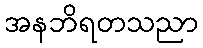
အနဘိရတသညာ